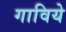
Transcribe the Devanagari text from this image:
गाविये